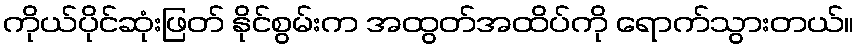
ကိုယ်ပိုင်ဆုံးဖြတ် နိုင်စွမ်းက အထွတ်အထိပ်ကို ရောက်သွားတယ်။